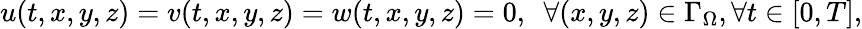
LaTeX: u(t,x,y,z)=v(t,x,y,z)=w(t,x,y,z)=0,~~\forall(x,y,z)\in\Gamma_{\Omega},\forall t\in[0,T],